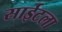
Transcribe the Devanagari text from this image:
साईटला